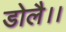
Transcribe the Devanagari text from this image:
डोलै।।